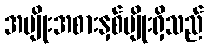
အမျိုးအစားနှစ်မျိုးရှိသည်